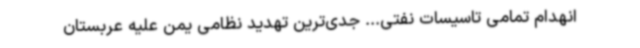
انهدام تمامی تاسیسات نفتی... جدی‌ترین تهدید نظامی یمن علیه عربستان